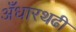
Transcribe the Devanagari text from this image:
अँधारथढी